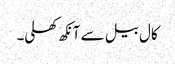
کال بیل سے آنکھ کھلی۔